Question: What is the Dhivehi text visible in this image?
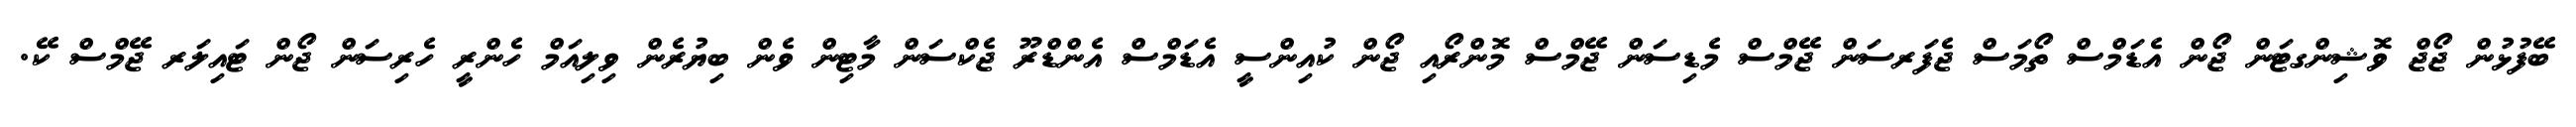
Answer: ބޭފުޅުން ޖޯޖް ވޮޝިންގޓަން ޖޯން އެޑަމްސް ތޯމަސް ޖެފަރސަން ޖޭމްސް މެޑިސަން ޖޭމްސް މޮންރޯއި ޖޯން ކުއިންސީ އެޑަމްސް އެންޑްރޫ ޖެކްސަން މާޓިން ވެން ބިޔުރެން ވިލިއަމް ހެންރީ ހެރިސަން ޖޯން ޓައިލަރ ޖޭމްސް ކޭ.